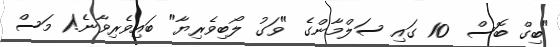
"ބިގް ބޮސް  10 ގައި ސަލްމާންގެ "ވަގު ލޯބިވެރިޔާ" ބައިވެރިވާނެ!1 މަސް